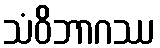
သံဝိဘာဂဿ